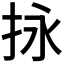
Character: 𢫕